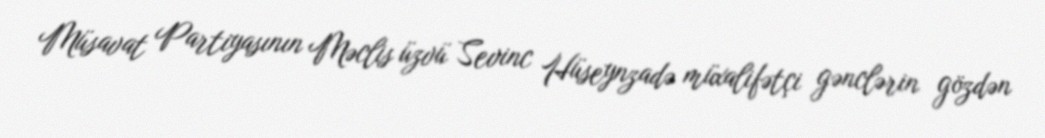
Müsavat Partiyasının Məclis üzvü Sevinc Hüseynzadə müxalifətçi gənclərin gözdən